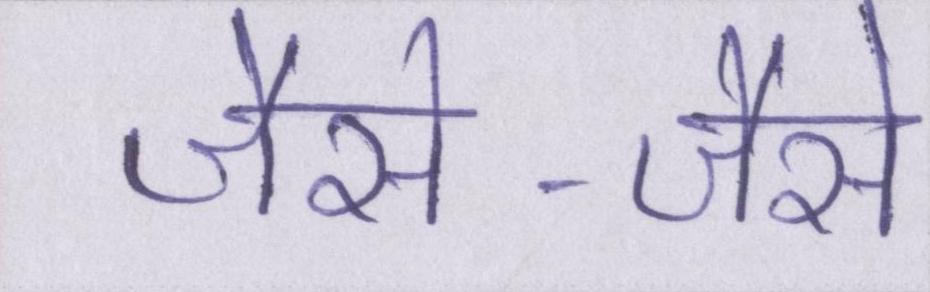
जैसे-जैसे